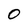
Character: 0